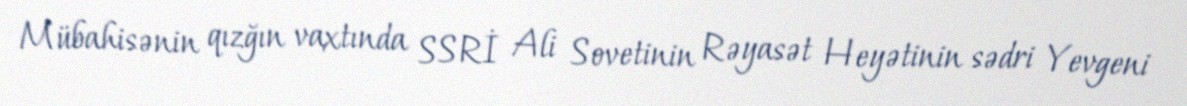
Mübahisənin qızğın vaxtında SSRİ Ali Sovetinin Rəyasət Heyətinin sədri Yevgeni